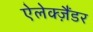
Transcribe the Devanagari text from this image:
ऐलेक्ज़ैंडर